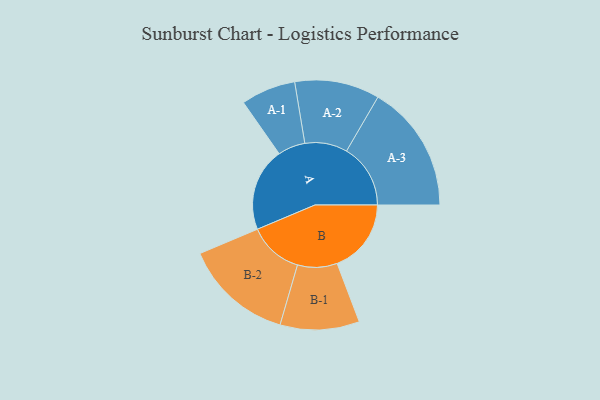
{"axis": {"x": "Segment", "y": "Value"}, "legend": ["", "A", "B"], "data": [{"x": "A", "y": 387, "type": ""}, {"x": "B", "y": 344, "type": ""}, {"x": "A-1", "y": 127, "type": "A"}, {"x": "A-2", "y": 197, "type": "A"}, {"x": "A-3", "y": 297, "type": "A"}, {"x": "B-1", "y": 184, "type": "B"}, {"x": "B-2", "y": 253, "type": "B"}]}